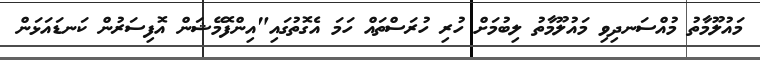
މައުލޫމާތު މުއްސަނދިވި މައުލޫމާތު ލިބުމަށް ހުރި ހުރަސްތައް ހަމަ އެގޮތުގައި"އިންފޮމޭޝަން އޮފިސަރުން ކަނޑައަޅަން